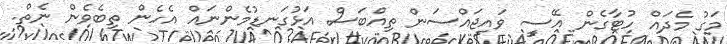
މަގު މެދައް ހުޓާގެން އޭސީ ވައިޖައްސަން ތިއްބަސް އަޅުގަނޑުމެންނައް އެހެން ތިބެވެން ނެތް.